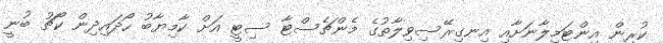
ކުރިން އިންޓަމިލާނަށާއި އިނގިރޭސިވިލާތުގެ މެންޗެސްޓާ ސިޓީ އަށް ކާމިޔާބު ހޯދައިދިން ކޯޗު ބުނީ